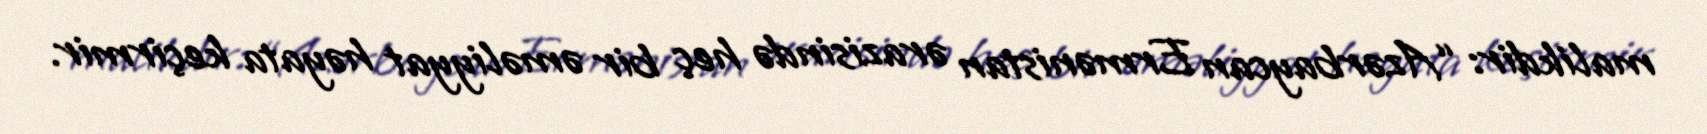
malikdir: “Azərbaycan Ermənistan ərazisində heç bir əməliyyat həyata keçirmir.